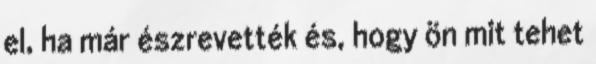
el, ha már észrevették és, hogy ön mit tehet